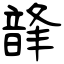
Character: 韸